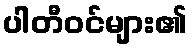
ပါတီဝင်များ၏